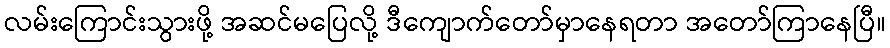
လမ်းကြောင်းသွားဖို့ အဆင်မပြေလို့ ဒီကျောက်တော်မှာနေရတာ အတော်ကြာနေပြီ။